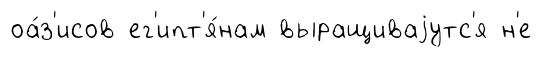
оа́з'исов ег'ипт'я́нам выращиваjутс'я н'е